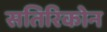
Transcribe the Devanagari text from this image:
सतिरिकोन